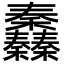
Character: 䆐